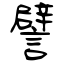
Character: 譬